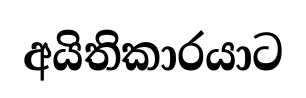
අයිතිකාරයාට